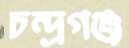
চন্দ্রগঞ্জ